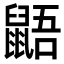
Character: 鼯